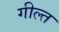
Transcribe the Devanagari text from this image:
गील्त